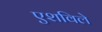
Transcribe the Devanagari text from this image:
एशविले